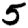
Digit: 5